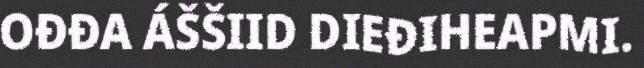
OĐĐA ÁŠŠIID DIEĐIHEAPMI.